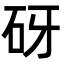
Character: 砑